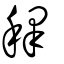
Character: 釋